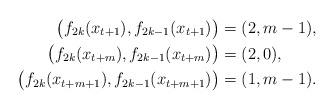
LaTeX: \begin{align*} \big(f_{2k}(x_{t+1}), f_{2k-1}(x_{t+1})\big) &= (2, m-1), \\ \big(f_{2k}(x_{t+m}), f_{2k-1}(x_{t+m})\big) &= (2,0), \\\big(f_{2k}(x_{t+m+1}), f_{2k-1}(x_{t+m+1})\big) &= (1,m-1). \\\end{align*}